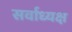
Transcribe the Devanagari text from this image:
सर्वाध्यक्ष